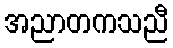
အညာတကသညီ